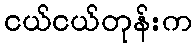
ငယ်ငယ်တုန်းက